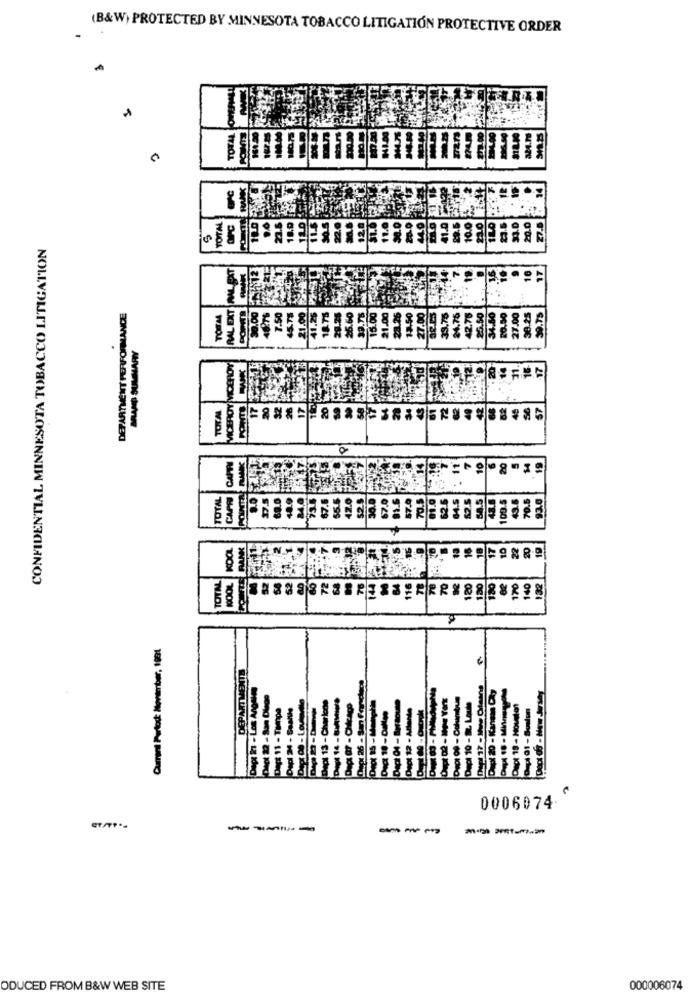
(B&W) PROTECTED BY MINNESOTA TOBACCO LITIGATION PROTECTIVE ORDER
TOTAL
CONFIDENTIAL MINNESOTA TOBACCO LITIGATION
5
DEPARTMENT PERFORMANCE
2000
0006074
----
--------
ODUCED FROM B&W WEB SITE
000006074